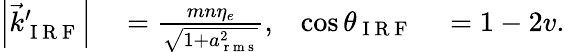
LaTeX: \begin{array}{rlrl}{{\left|{\vec{k}_{\mathrm{~I~R~F~}}^{\prime}}\right|}}&{{}=\frac{mn\eta_{e}}{\sqrt{1+a_{\mathrm{~r~m~s~}}^{2}}},}&{\cos\theta_{\mathrm{~I~R~F~}}}&{{}=1-2v.}\end{array}